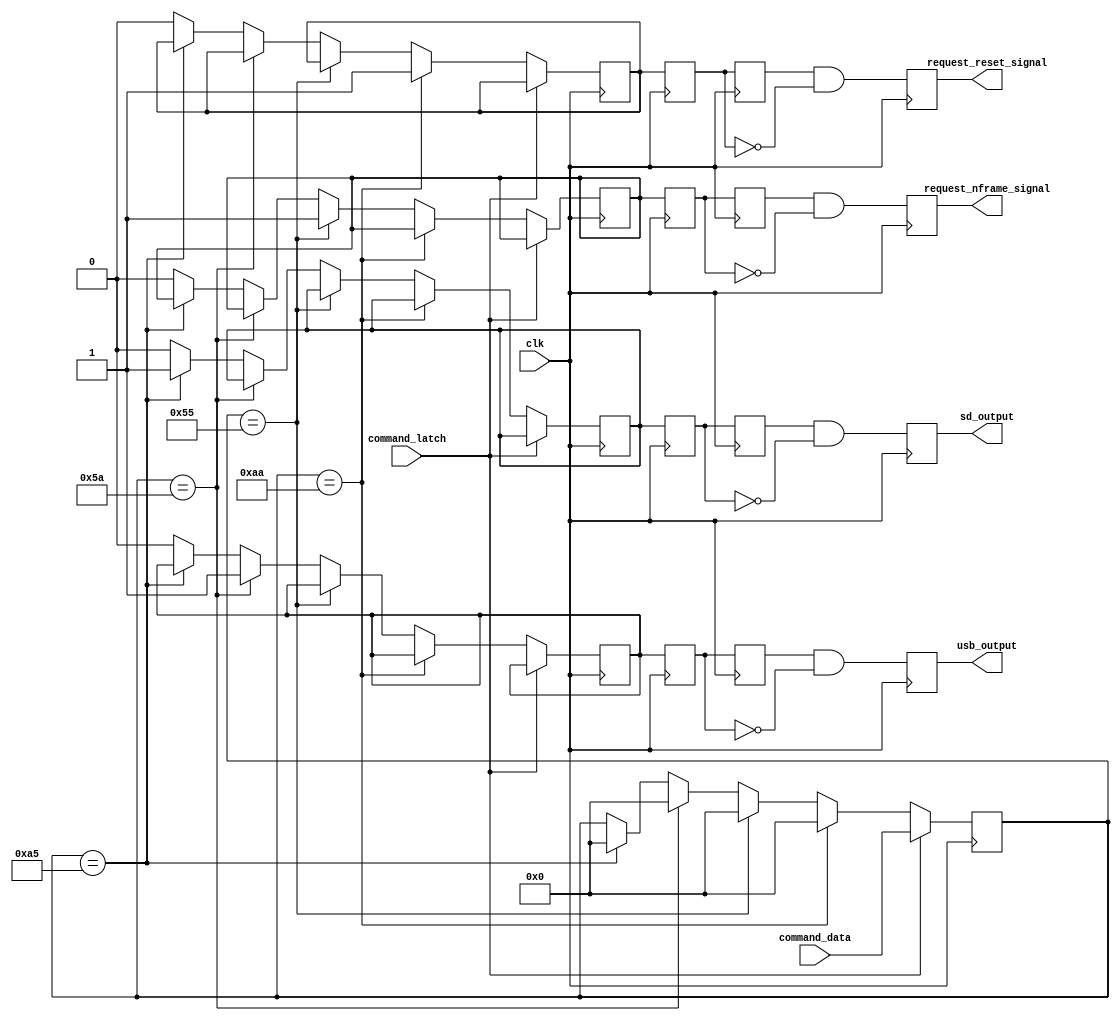
`timescale 1ns / 1ps
//////////////////////////////////////////////////////////////////////////////////
// Company: 
// Engineer: 
// 
// Design Name: 
// Module Name:    FPGA_Command_Decoder 
// Project Name: 
// Target Devices: 
// Tool versions: 
// Description: 
//
// Dependencies: 
//
// Revision: 
// Revision 0.01 - File Created
// Additional Comments: 
//
//////////////////////////////////////////////////////////////////////////////////
module FPGA_Command_Decoder(
								clk,command_latch,command_data,request_reset_signal,request_nframe_signal,usb_output,sd_output
							);
				input clk ;
				input command_latch ;
				input [7:0]command_data  ;
				output request_nframe_signal;
				output request_reset_signal;
				output usb_output          ;
				output sd_output           ;
				
				reg  request_reset_signal  ;
				reg  request_nframe_signal ;
				reg reset_flag             ;
				reg nframe_flag            ;
				reg usb_flag               ;
				reg sd_flag                ;
				reg usb_output          ;
				reg sd_output           ;
				reg reset_flag_falling_buf1;
				reg reset_flag_falling_buf2;
				reg nframe_flag_falling_buf1;
				reg nframe_flag_falling_buf2;
				reg usd_flag_falling_buf1  ;
				reg usd_flag_falling_buf2  ;
				reg sd_flag_falling_buf1   ;
				reg sd_flag_falling_buf2   ;
				reg [7:0]command_data_buf ;
				
				always @ ( posedge clk )
					begin
						if ( command_latch )
							begin
								command_data_buf  <= command_data ;
							end
						else
							begin
								if ( command_data_buf == 8'b10101010 )
									begin
										reset_flag <= 1 ;
										command_data_buf <= 0 ;
									end
								else
									if ( command_data_buf == 8'b01010101 )
										begin
											command_data_buf <= 0 ;
											nframe_flag       <= 1 ;
										end
									else
										if ( command_data_buf == 8'b01011010 )
											begin
												usb_flag         <= 1 ;
												command_data_buf <= 0 ;
											end
										else
											if ( command_data_buf == 8'b10100101 )
												begin
													command_data_buf <= 0 ;
													sd_flag          <= 1 ;
												end
											else
												begin
													reset_flag       <= 0 ;
													nframe_flag      <= 0 ;
													sd_flag          <= 0 ;
													usb_flag         <= 0 ;
												end
							end
					end
				always @ ( posedge clk )
					begin
						reset_flag_falling_buf1  <= reset_flag ;
						reset_flag_falling_buf2  <= reset_flag_falling_buf1 ;
						request_reset_signal     <= ( reset_flag_falling_buf2 ) && ( ~reset_flag_falling_buf1 ) ;
						nframe_flag_falling_buf1 <= nframe_flag ;
						nframe_flag_falling_buf2 <= nframe_flag_falling_buf1 ;
						request_nframe_signal    <= ( nframe_flag_falling_buf2 ) && ( ~nframe_flag_falling_buf1 ) ;
						usd_flag_falling_buf1    <= usb_flag ;
						usd_flag_falling_buf2    <= usd_flag_falling_buf1 ;
						usb_output               <= ( usd_flag_falling_buf2 ) && ( ~usd_flag_falling_buf1 ) ;
						sd_flag_falling_buf1     <= sd_flag ;
						sd_flag_falling_buf2     <= sd_flag_falling_buf1 ;
						sd_output                <= ( sd_flag_falling_buf2 ) && ( ~sd_flag_falling_buf1 ) ;
					end

endmodule